Calcutta medical institutions reports 1871-78
Year: 1871
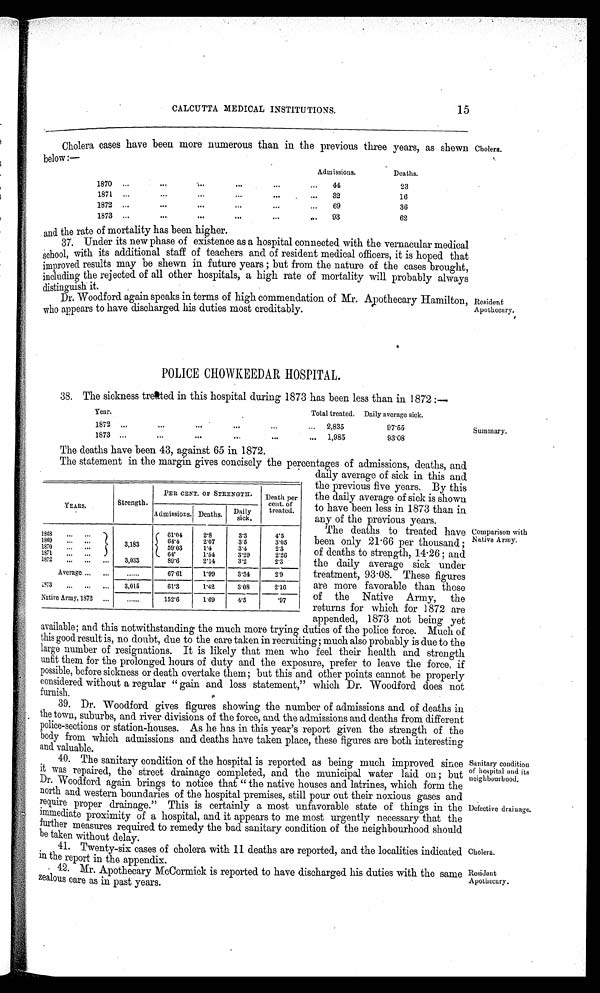
Sanitary condition
of hospital and its
neighbourhood.
Defective drainage.
Cholera.
Resident
Apothecary.
CALCUTTA MEDICAL INSTITUTIONS.
15
Cholera cases have been more numerous than in the previous three years, as shewn Cholera.
below:—
Admissions.
Deaths.
1870
4 4
23
1871
3 2
16
1872
69
36
1873
93
62
and the rate of mortality has been higher.
37. Under its new phase of existence as a hospital connected with the vernacular medical
s chool, with its additional staff of teachers and of resident medical officers, it is hoped that
improved results may be shewn in future years ; but from the nature of the cases brought,
including the rejected of all other hospitals, a high rate of mortality will probably always
distinguish it.
Dr. Woodford again speaks in terms of high commendation of Mr. Apothecary Hamilton,
who appears to have discharged his duties most creditably.
POLICE CHOWKEEDAR HOSPITAL.
38. The sickness treated in this hospital during 1873 has been less than in 1872: —
Year.
Total treated. Daily average sick.
1872
2,835
97·55
1873
1,985
93·08
The deaths have been 43, against 65 in 1872.
The statement in the margin gives concisely the percentages of admissions, deaths, and
daily average of sick in this and
the previous five years. By this
the daily average of sick is shown
to have been less in 1873 than in
any of the previous years.
The deaths to treated have
been only 21·66 per thousand;
of deaths to strength, 14·26; and
the daily average sick under
treatment, 93 . 08. These figures
are more favorable than those
of the Native Army, the
returns for which for 1 872 are
appended, 1873 not being yet
available; and this notwithstanding the much more trying duties of the police force. Much of
this good result is, no doubt, due to the care taken in recruiting; much also probably is due to the
large number of resignations. It is likely that men who feel their health and strength
unfit them for the prolonged hours of duty and the exposure, prefer to leave the force, if
possible, before sickness or death overtake them; but this and other points cannot be properly
considered without a regular "gain and loss statement," which Dr. Woodford does not
furnish.
39. Dr. Woodford gives figures showing the number of admissions and of deaths in
the town, suburbs, and river divisions of the force, and the admissions and deaths from different
police-sections or station-houses. As he has in this year's report given the strength of the
body from which admissions and deaths have taken place, these figures are both interesting
and valuable.
40. The sanitary condition of the hospital is reported as being much improved since
it was repaired, the street drainage completed, and the municipal water laid on; but
Dr. Woodford again brings to notice that "the native houses and latrines, which form the
north and western boundaries of the hospital premises, still pour out their noxious gases and
r equire proper drainage." This is certainly a most unfavorable state of things in the
immediate proximity of a hospital, and it appears to me most urgently necessary that the
further measures required to remedy the bad sanitary condition of the neighbourhood should
be taken without delay.
41. Twenty-six cases of cholera with 11 deaths are reported, and the localities indicated
in the report in the appendix.
42. Mr. Apothecary McCormick is reported to have discharged his duties with the same
zealous care as in past years.
YEARS.
Strength.
PERCENT. OF STRENGTH.
Death per
cent. of
treated.
Admissions. Deaths.
Daily
1868
61·04
2·8
3·3
4·5
1869
64·4
2·07
3·5
3·05
1870
3,183
59·03
1·4
3·4
2·3
1871
64·
1·54
3·29
2·26
1872
3·033
89·6
2·14
3·2
2·3
Average
......
67·61
1· 99
3·34
2·9
1873
3,015
61·3
1·42
3·08
2·16
Native Army, 1872
......
152·6
1·69
4·5
·97
Resident
Apothecary.
Summary.
Comparison with
Native Army.